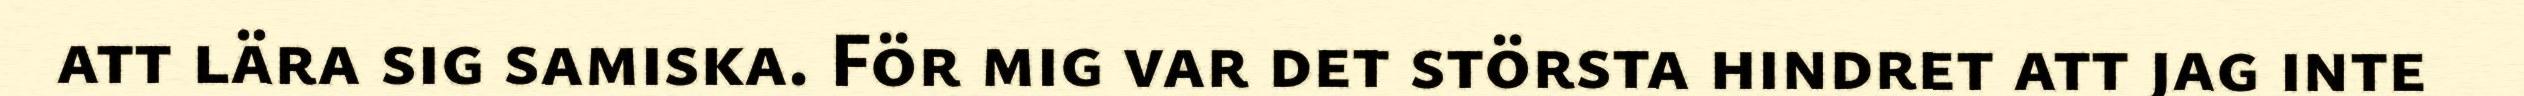
att lära sig samiska. För mig var det största hindret att jag inte